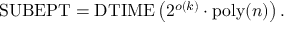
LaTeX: { \mathrm { S U B E P T } } = { \mathrm { D T I M E } } \left( 2 ^ { o ( k ) } \cdot { \mathrm { p o l y } } ( n ) \right) .